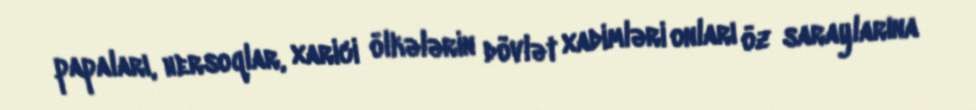
papaları, hersoqlar, xarici ölkələrin dövlət xadimləri onları öz saraylarına